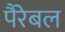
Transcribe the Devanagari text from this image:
पैरेबल